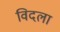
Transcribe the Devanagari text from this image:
विदला